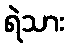
ရဲသား